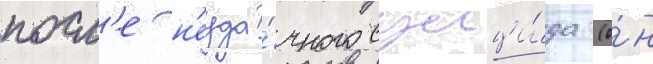
посл'е н'еуда́чного суици́да (о́н